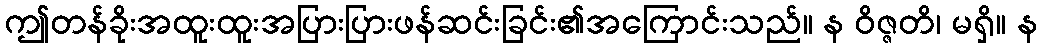
ဤတန်ခိုးအထူးထူးအပြားပြားဖန်ဆင်းခြင်း၏အကြောင်းသည်။ န ဝိဇ္ဇတိ၊ မရှိ။ န